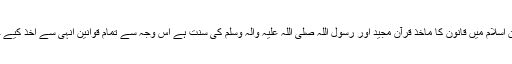
چونکہ دین اسلام میں قانون کا ماخذ قرآن مجید اور رسول اللہ صلی اللہ علیہ واٰلہ وسلم کی سنت ہے اس وجہ سے تمام قوانین انہی سے اخذ کیے جاتے ہیں۔